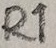
Text: R1